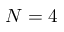
N = 4